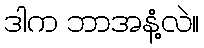
ဒါက ဘာအနံ့လဲ။